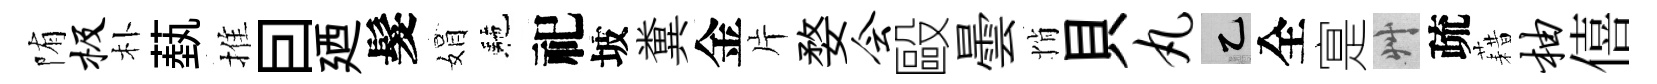
陏极朴蓺推囙廼髮娟駰祀坡糞金片婺会毆曇悄貝丸乙全寔艸疏藉柚僖